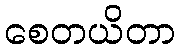
စေတယိတာ